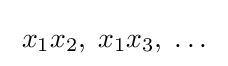
\;x_{1}x_{2},\;x_{1}x_{3},\;\ldots \;